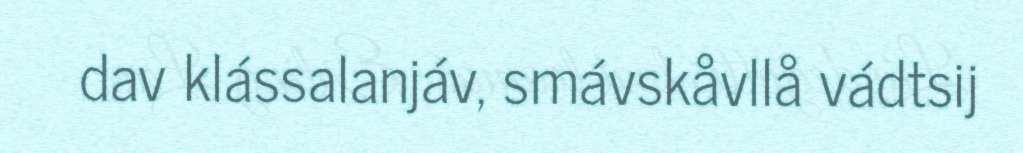
dav klássalanjáv, smávskåvllå vádtsij